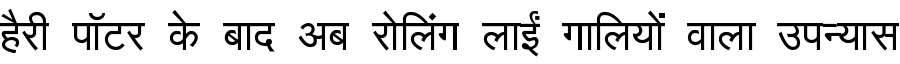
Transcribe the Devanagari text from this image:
हैरी पॉटर के बाद अब रोलिंग लाईं गालियों वाला उपन्यास